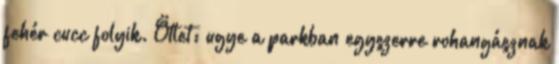
fehér cucc folyik. Ötlet: ugye a parkban egyszerre rohangásznak